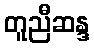
တူညီဆန္ဒ